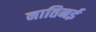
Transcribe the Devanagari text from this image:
नातिनई